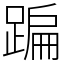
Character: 蹁